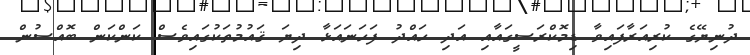
ދުނިޔޭގެ ކުރިއަރާފައިވާ ޑިމޮކްރަސީގައާއި އަދި ހައްދު ފަހަނައަޅާ ދިޔަ ޤައުމުތަކުގައިވެސް ކަންކަން ބޮއްސުން